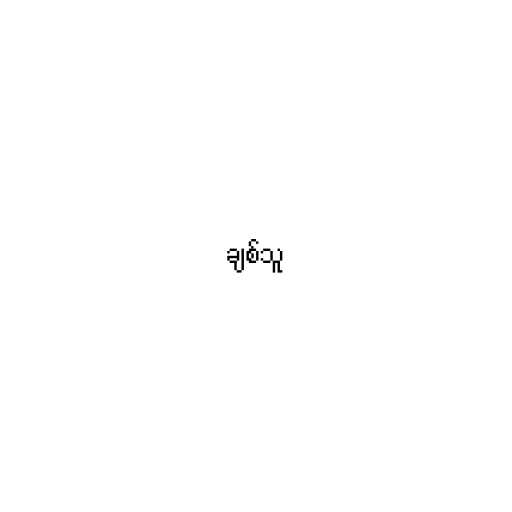
ချစ်သူ